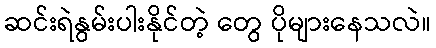
ဆင်းရဲနွမ်းပါးနိုင်တဲ့ တွေ ပိုများနေသလဲ။